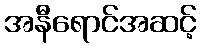
အနီရောင်အဆင့်